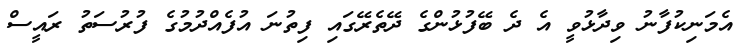
އެމަނިކުފާނު ވިދާޅުވީ އެ ދެ ބޭފުޅުންގެ ދޭތެރޭގައި ފިތުނަ އުފެއްދުމުގެ ފުރުސަތު ރައީސް